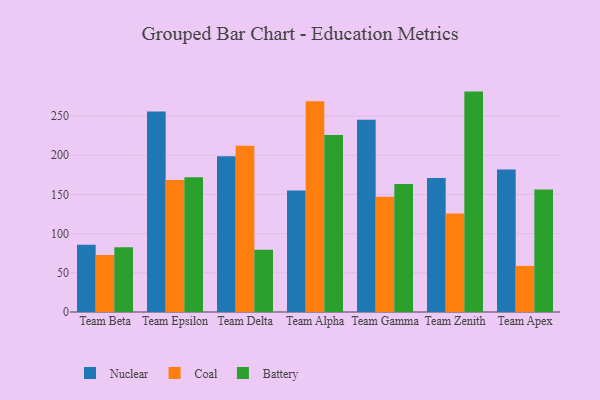
{"axis": {"x": "Team", "y": "Waste Production (Tons)"}, "legend": ["Battery", "Coal", "Nuclear"], "data": [{"x": "Team Beta", "y": 85.9, "type": "Nuclear"}, {"x": "Team Beta", "y": 72.6, "type": "Coal"}, {"x": "Team Beta", "y": 82.5, "type": "Battery"}, {"x": "Team Epsilon", "y": 255.7, "type": "Nuclear"}, {"x": "Team Epsilon", "y": 168.4, "type": "Coal"}, {"x": "Team Epsilon", "y": 171.8, "type": "Battery"}, {"x": "Team Delta", "y": 198.7, "type": "Nuclear"}, {"x": "Team Delta", "y": 212.0, "type": "Coal"}, {"x": "Team Delta", "y": 79.3, "type": "Battery"}, {"x": "Team Alpha", "y": 155.0, "type": "Nuclear"}, {"x": "Team Alpha", "y": 268.9, "type": "Coal"}, {"x": "Team Alpha", "y": 225.9, "type": "Battery"}, {"x": "Team Gamma", "y": 245.2, "type": "Nuclear"}, {"x": "Team Gamma", "y": 147.1, "type": "Coal"}, {"x": "Team Gamma", "y": 163.3, "type": "Battery"}, {"x": "Team Zenith", "y": 171.0, "type": "Nuclear"}, {"x": "Team Zenith", "y": 125.8, "type": "Coal"}, {"x": "Team Zenith", "y": 281.2, "type": "Battery"}, {"x": "Team Apex", "y": 181.8, "type": "Nuclear"}, {"x": "Team Apex", "y": 58.8, "type": "Coal"}, {"x": "Team Apex", "y": 156.2, "type": "Battery"}]}